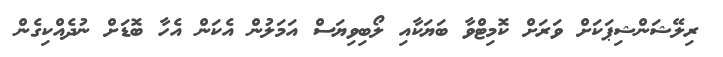
ރިލޭޝަންޝިޕަކަށް ވަރަށް ކޮމިޓްވާ ބަޔަކާއި ލޯބިވިޔަސް އަމަލުން އެކަން އެހާ ބޮޑަށް ނުދެއްކިގެން